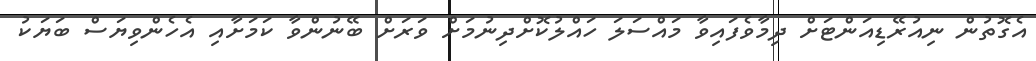
އެގޮތުން ނިއުރޭޑިއަންޓަށް ދިމާވެފައިވާ މައްސަލަ ހައްލުކޮށްދިނުމަށް ވަރަށް ބޭނުންވާ ކަމަށާއި އެހެންވިޔަސް ބަޔަކު